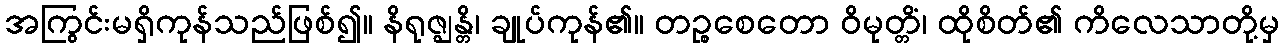
အကြွင်းမရှိကုန်သည်ဖြစ်၍။ နိရုဇ္ဈန္တိ၊ ချုပ်ကုန်၏။ တဉ္စစေတော ဝိမုတ္တိံ၊ ထိုစိတ်၏ ကိလေသာတို့မှ